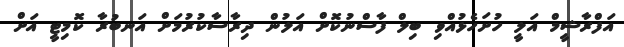
އަފްރާޝީމް އަލީ ހުށަހެޅުއްވި ބިލް ފާސްނުކޮށް އަލުން ދިރާސާކުރުމަށް އަނބުރާ ކޮމިޓީ އަށް